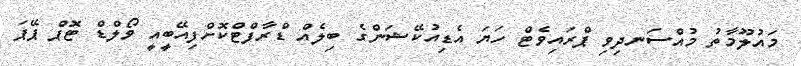
މައުލޫމާތު މުއްސަނދިވި ޕްރައިވެޓް ހަޔަ އެޑިއުކޭޝަންގެ ބިލެއް ޑްރާފްޓްކޮށްފިއޭބީއީ ވޯލްޑް ޓޮޕް ޕޭޕަ